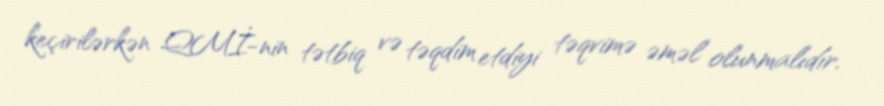
keçirilərkən QMİ-nin tətbiq və təqdim etdiyi təqvimə əməl olunmalıdır.